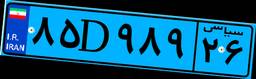
۸۵D۹۸۹۲۶